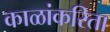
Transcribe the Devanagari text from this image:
काळांकरिता